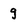
Character: 9